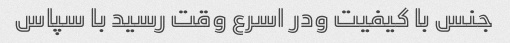
جنس با کیفیت ودر اسرع وقت رسید با سپاس